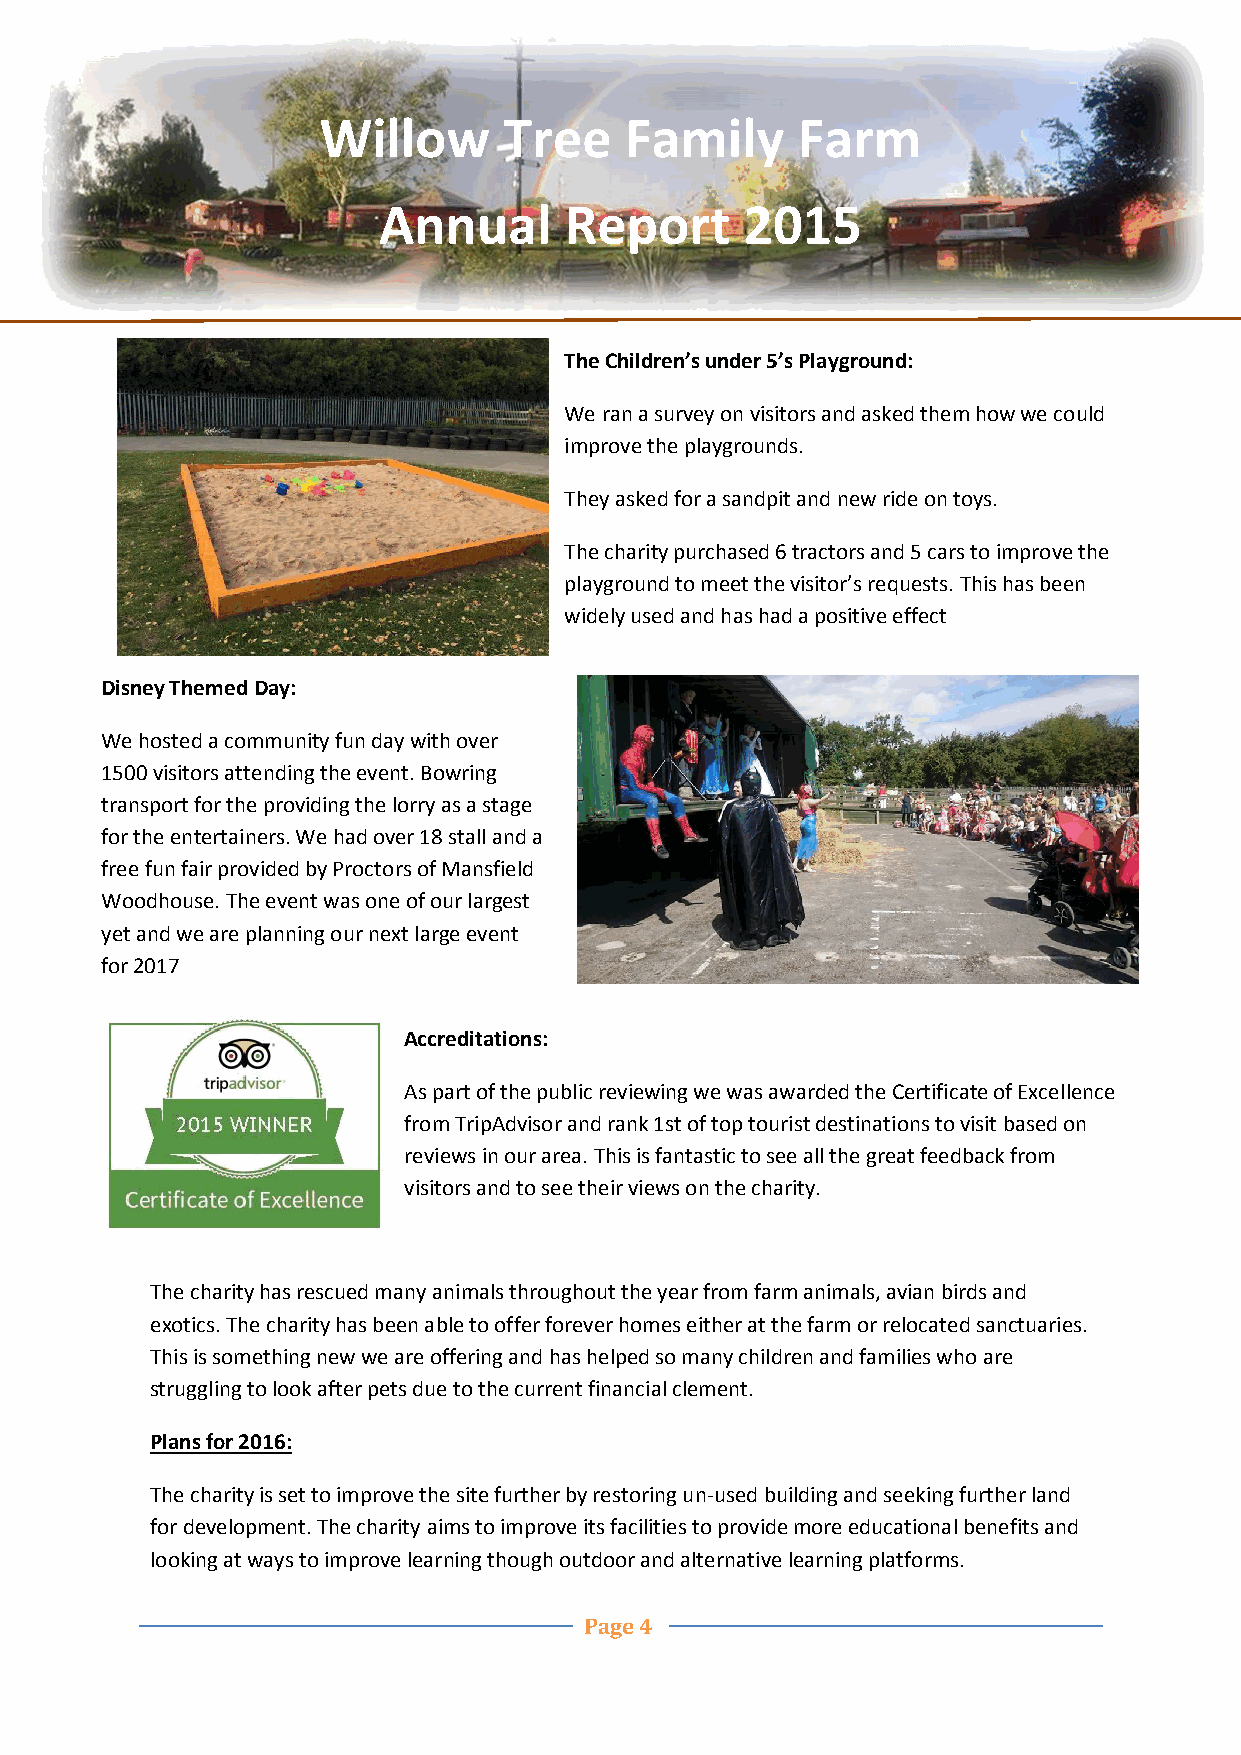
Willow      Tree    Family      Farm
 Annual      Report      2015
 The Children’s under 5’s Playground:
 We ran a survey on visitors and asked them how we could
 improve the playgrounds.
 They asked for a sandpit and new ride on toys.
 The charity purchased 6 tractors and 5 cars to improve the
 playground to meet the visitor’s requests. This has been
 widely used and has had a positive effect
 .
 Disney Themed Day:
 We hosted a community fun day with over
 1500 visitors attending the event. Bowring
 transport for the providing the lorry as a stage
 for the entertainers. We had over 18 stall and a
 free f un fair provided by Proctors of Mansfield
 Woodhouse. The event was one of our largest
 yet and we are planning our next large event
 for 2017
 Accreditations:
 As part of the public reviewing we was awarded the Certificate of Excellence
 from TripAdvisor and rank 1st of top tourist destinations to visit based on
 reviews in our area. This is fantastic to see all the great feedback from
 visitors and to see their views on the charity.
 The charity has rescued many animals throughout the year from farm animals, avian birds and
 exotics. The charity has been able to offer forever homes either at the farm or relocated sanctuaries.
 This is something new we are offering and has helped so many children and families who are
 struggling to look after pets due to the current financial clement.
 Plans for 2016:
 The charity is set to improve the site further by restoring un-used building and seeking further land
 for development. The charity aims to improve its facilities to provide more educational benefits and
 looking at ways to improve learning though outdoor and alternative learning platforms.
 Page 4